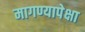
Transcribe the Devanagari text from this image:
मागण्यापेक्षा